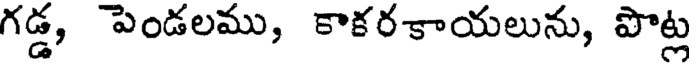
గడ్డ, పెండలము, కాకరకాయలును, పొట్ల